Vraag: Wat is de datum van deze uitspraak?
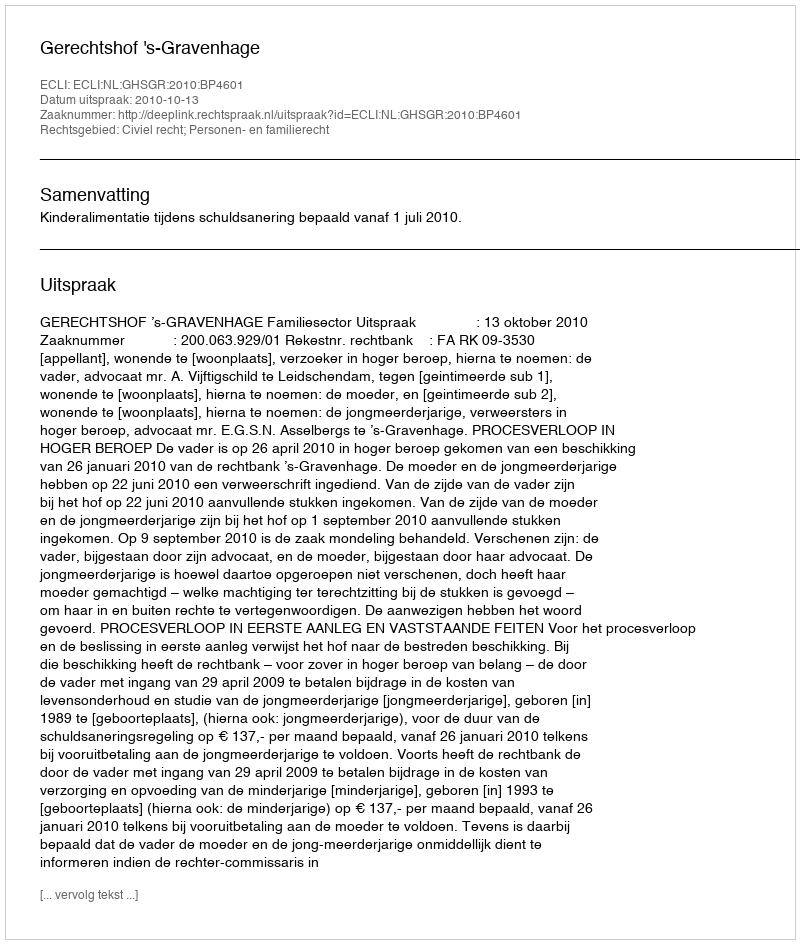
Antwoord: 2010-10-13